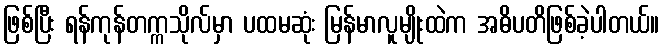
ဖြစ်ပြီး ရန်ကုန်တက္ကသိုလ်မှာ ပထမဆုံး မြန်မာလူမျိုးထဲက အဓိပတိဖြစ်ခဲ့ပါတယ်။